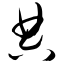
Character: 典